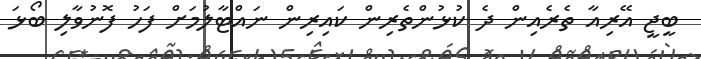
ބީޖީ އޭރިއާ ތެރެއިން ދެ ކުޅުންތެރިން ކައިރިން ނައްޓާލުމަށް ފަހު ފޮނުވާލި ބޯޅަ